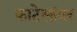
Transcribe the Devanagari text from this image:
काटेसांवर